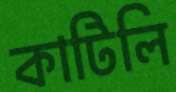
কাটিলি